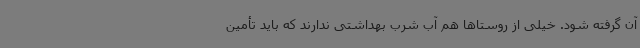
آن گرفته شود. خیلی از روستاها هم آب شرب بهداشتی ندارند که باید تأمین